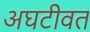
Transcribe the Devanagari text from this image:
अघटीवत